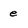
Character: e